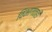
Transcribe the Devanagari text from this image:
विभागातही